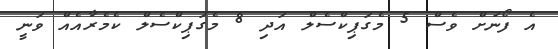
އެ ފޯނަށް ވެސް 5 މެގަޕިކްސެލް އަދި 8 މެގަޕިކްސެލް ކެމެރާއެއް ވަނީ